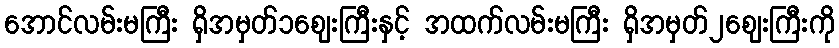
အောင်လမ်းမကြီး ရှိအမှတ်၁ဈေးကြီးနှင့် အထက်လမ်းမကြီး ရှိအမှတ်၂ဈေးကြီးကို